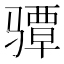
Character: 𱅪